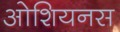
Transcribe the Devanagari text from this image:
ओशियनस